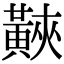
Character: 䵌